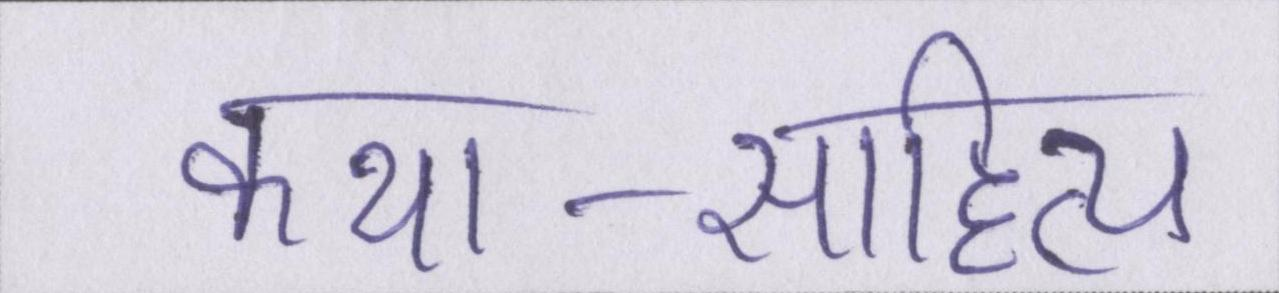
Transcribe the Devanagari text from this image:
कथा-साहित्य